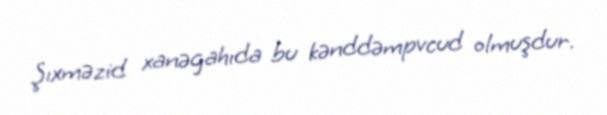
Şıxməzid xanəgahıda bu kənddəmpvcud olmuşdur.